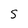
Character: S